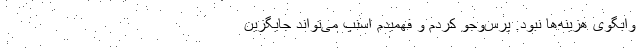
وابگوی هزینه‌ها نبود. پرس‌و‌جو کردم و فهمیدم اسنپ می‌تواند جایگزین